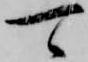
可